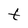
Character: t